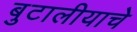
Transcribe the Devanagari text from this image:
बुटालीयाचे